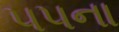
૫૫ના